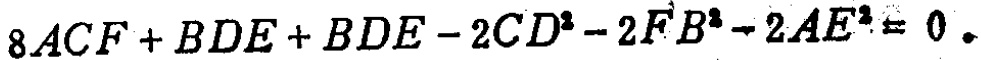
$8ACF + BDE + BDE - 2CD^{2}-2FB^{2}-2AE^{2}=0$